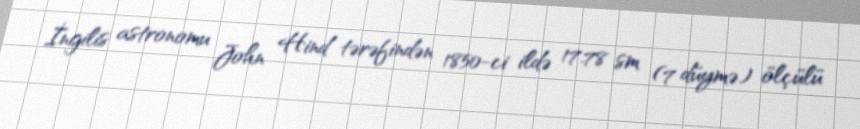
İngilis astronomu John Hind tərəfindən 1850-ci ildə 17.78 sm (7 düymə) ölçülü